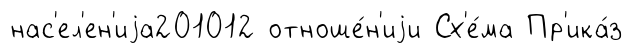
нас'ел'ен'иjа201012 отноше́н'иjи Сх'е́ма Пр'ика́з